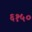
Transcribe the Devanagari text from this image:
६१५०